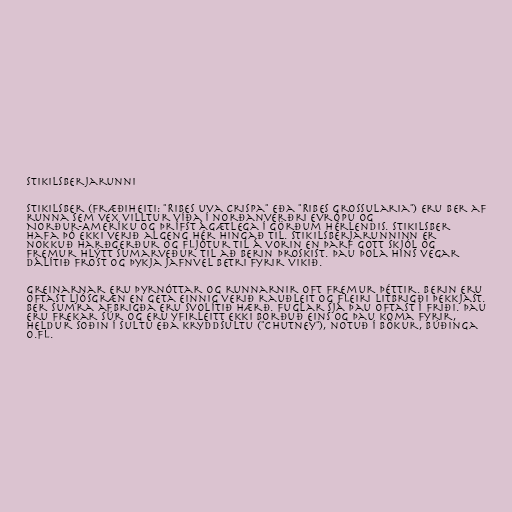
Stikilsberjarunni

Stikilsber (fræðiheiti: "Ribes uva crispa" eða "Ribes grossularia") eru ber af
runna sem vex villtur víða í norðanverðri Evrópu og
Norður-Ameríku og þrífst ágætlega í görðum hérlendis. Stikilsber
hafa þó ekki verið algeng hér hingað til. Stikilsberjarunninn er
nokkuð harðgerður og fljótur til á vorin en þarf gott skjól og
fremur hlýtt sumarveður til að berin þroskist. Þau þola hins vegar
dálítið frost og þykja jafnvel betri fyrir vikið.

Greinarnar eru þyrnóttar og runnarnir oft fremur þéttir. Berin eru
oftast ljósgræn en geta einnig verið rauðleit og fleiri litbrigði þekkjast.
Ber sumra afbrigða eru svolítið hærð. Fuglar sjá þau oftast í friði. Þau
eru frekar súr og eru yfirleitt ekki borðuð eins og þau koma fyrir,
heldur soðin í sultu eða kryddsultu ("chutney"), notuð í bökur, búðinga
o.fl.